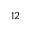
_ { 1 2 }